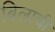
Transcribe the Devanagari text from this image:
बिलाची